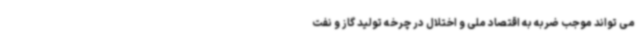
می تواند موجب ضربه به اقتصاد ملی و اختلال در چرخه تولید گاز و نفت